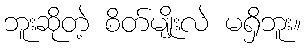
ဘူးဆိုတဲ့ စိတ်မျိုးလဲ မရှိဘူး။